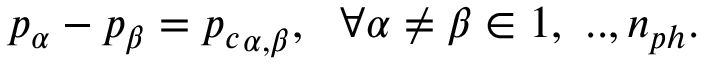
p _ { \alpha } - p _ { \beta } = { p _ { c } } _ { \alpha , \beta } , \ \ \forall \alpha \neq \beta \in { 1 , \ . . , n _ { p h } } .